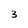
Character: 3